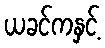
ယခင်ကနှင့်